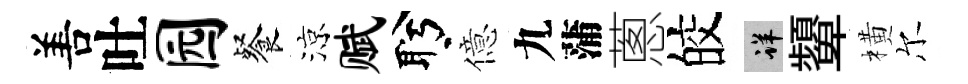
𠵊吐园餐涼赋盻億九蒲蔥皎详顰橫尔